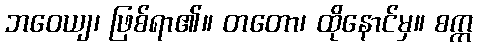
ဘဝေယျ၊ ဖြစ်ရာ၏။ တတော၊ ထိုနောင်မှ။ စက္က